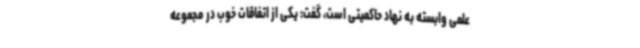
علمی وابسته به نهاد حاکمیتی است، گفت: یکی از اتفاقات خوب در مجموعه